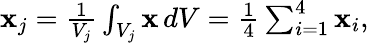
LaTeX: \begin{array}{r}{{\mathbf x}_{j}=\frac{1}{V_{j}}\int_{V_{j}}{\mathbf x}\, dV=\frac{1}{4}\sum_{i=1}^{4}{\mathbf x}_{i},}\end{array}